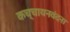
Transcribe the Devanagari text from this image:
कच्चायनवंदना